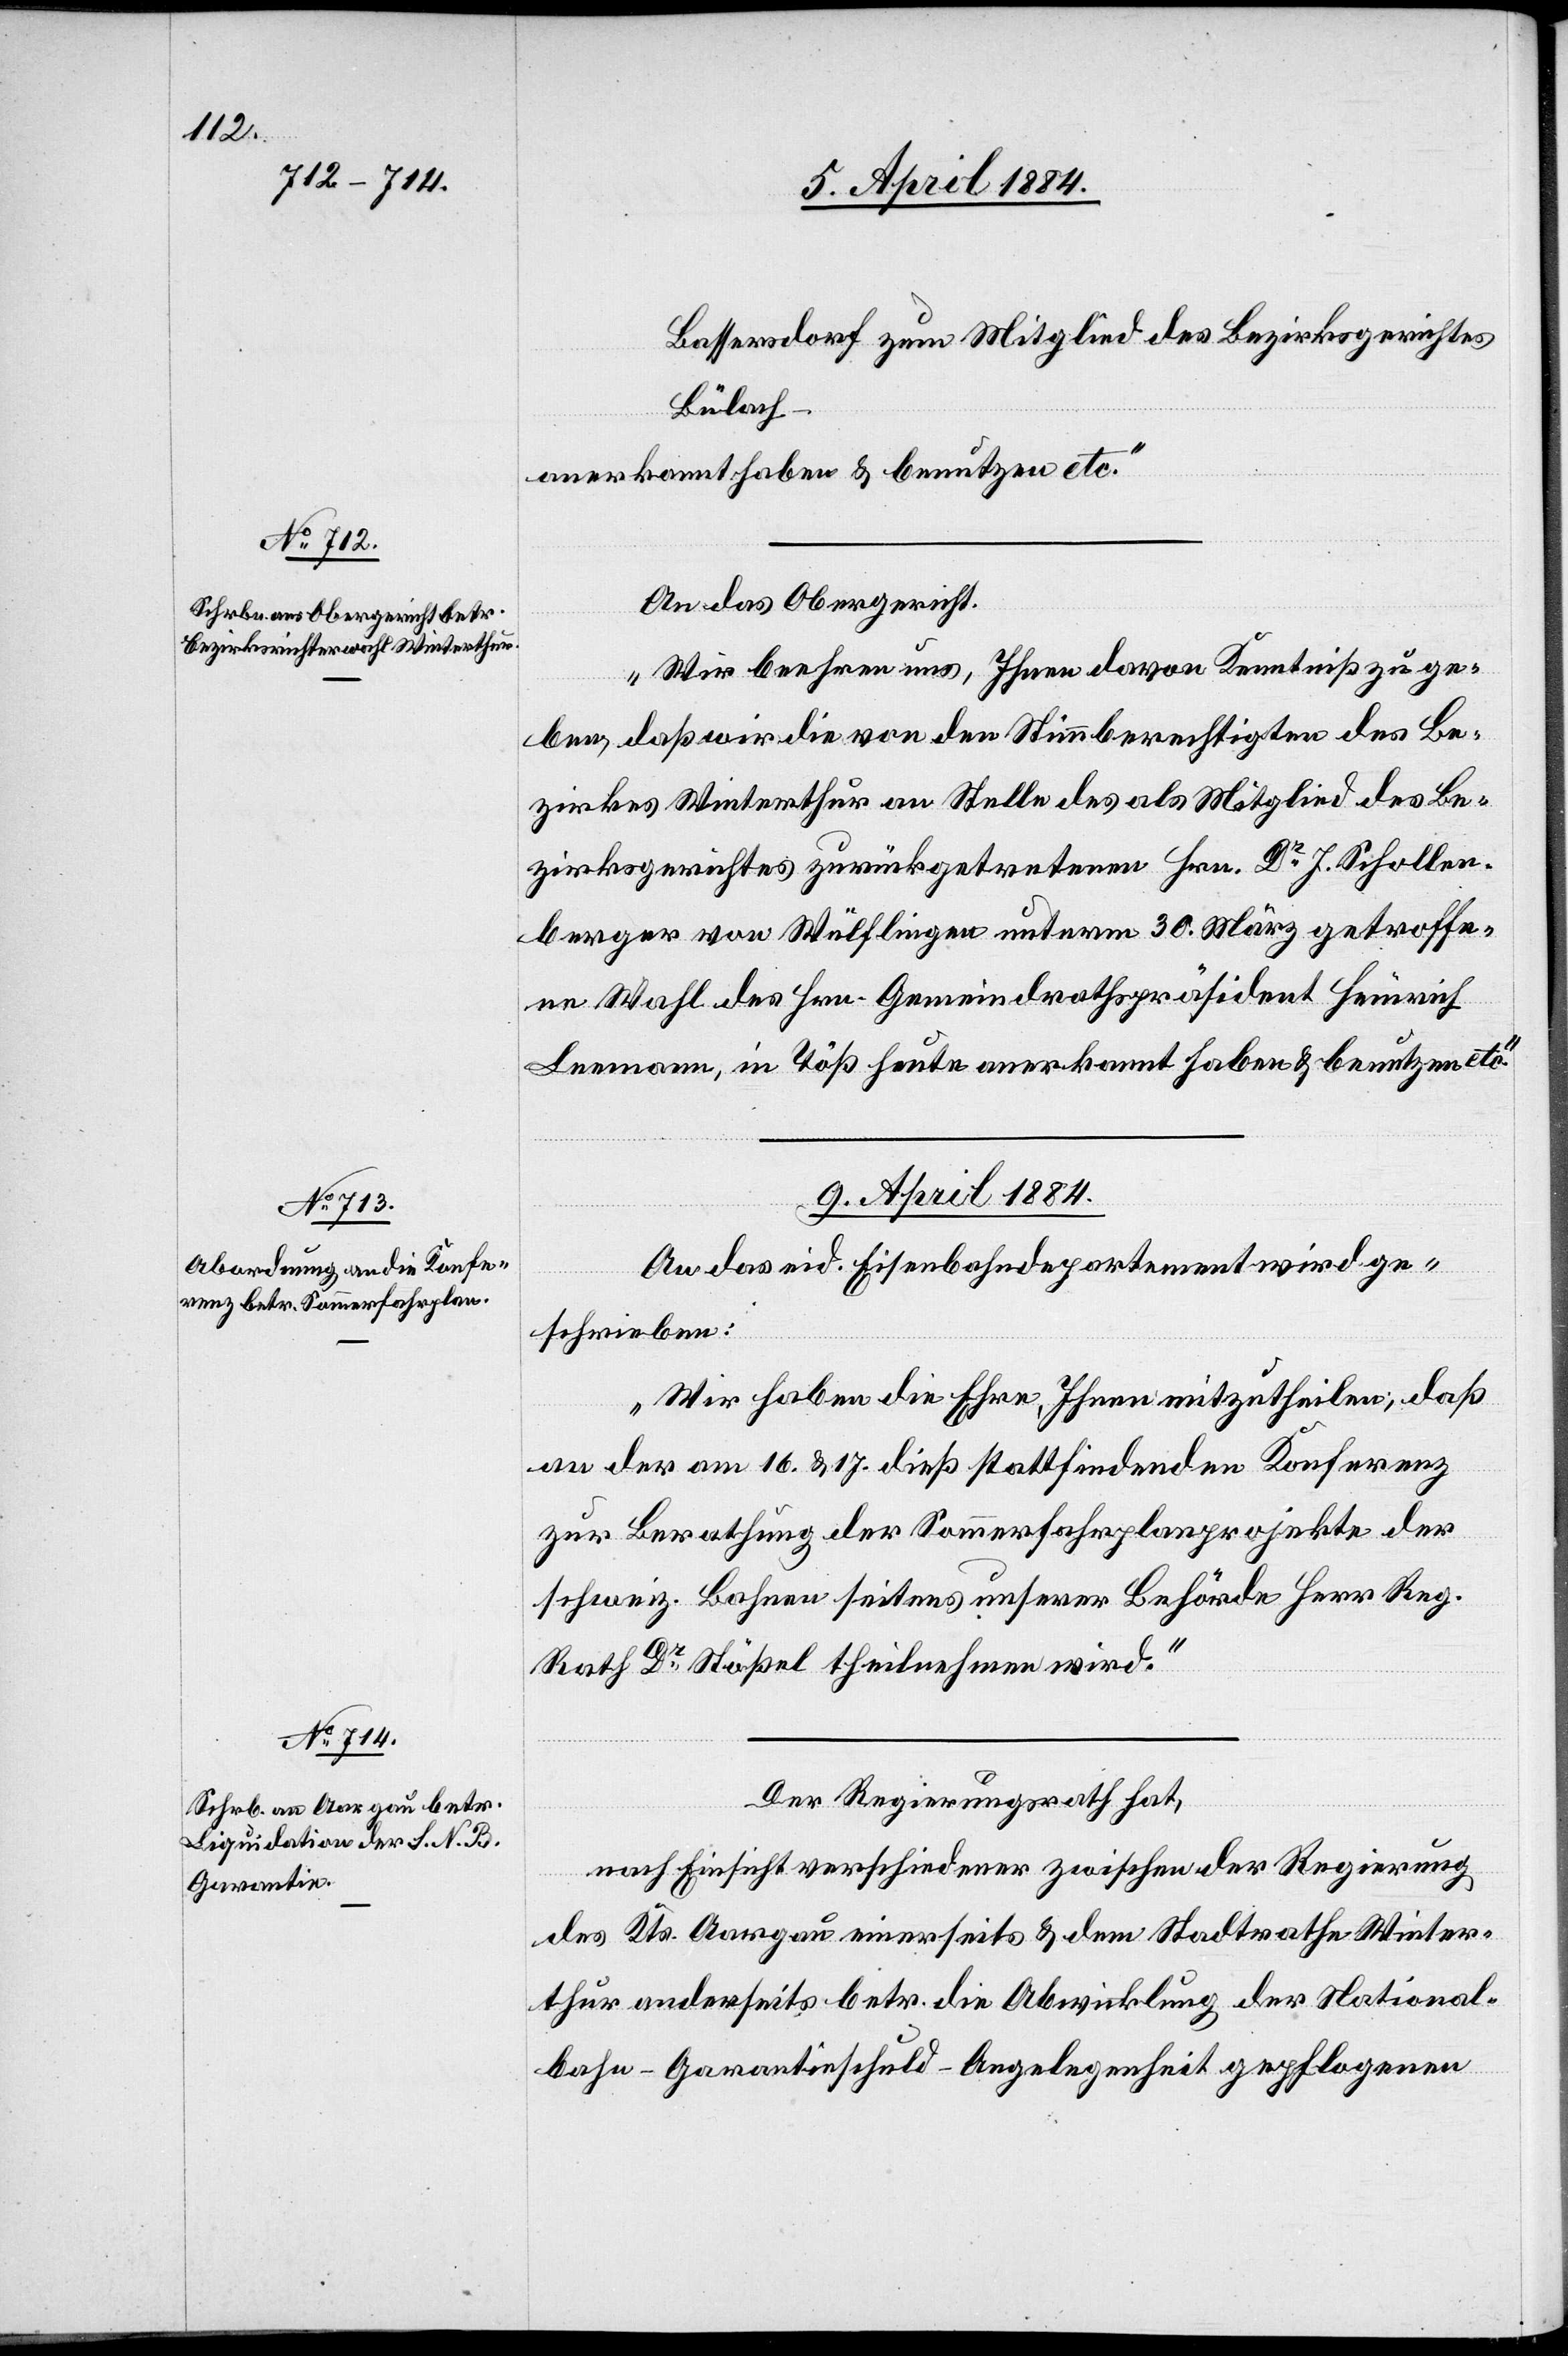
8. April 1884.]
Bassersdorf zum Mitglied des Bezirksgerichtes
Bülach
anerkannt haben & benutzen etc.“
An das Obergericht.
„Wir beehren uns, Ihnen davon Kenntniß zu ge¬
ben, daß wir die von den stimmberechtigten des Be¬
zirkes Winterthur an Stelle des als Mitglied des Be¬
zirksgerichtes zurückgetretenen Hrn. Dr J. Schollen¬
berger von Wülflingen unterm 30. März getroffe¬
ne Wahl des Hrn. Gemeindrathspräsident Heinrich
Leemann, in Töß heute anerkannt haben & benutzen etc.“
9. April 1884.]
An das eid. Eisenbahndepartement wird ge¬
schrieben:
„Wir haben die Ehre, Ihnen mitzutheilen, daß
an der am 16. & 17. dieß stattfindenden Konferenz
zur Berathung der Sommerfahrplanprojekte der
schweiz. Bahnen seitens unserer Behörde Herr Reg.
Rath Dr Stößel theilnehmen wird.“
Der Regierungsrath hat,
nach Einsicht verschiedener zwischen der Regierung
des Kts. Aargau einerseits & dem Stadtrathe Winter¬
thur anderseits betr. die Abwicklung der National¬
bahn-Garantieschuld-Angelegenheit gepflogenen